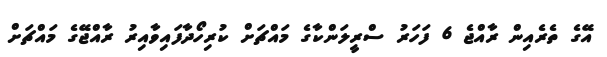
އޭގެ ތެރެއިން ރާއްޖެ 6 ފަހަރު ސްރީލަންކާގެ މައްޗަށް ކުރިހޯދާފައިވާއިރު ރާއްޖޭގެ މައްޗަށް